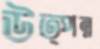
উত্পন্ন